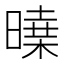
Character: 𣊝